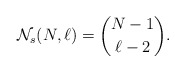
\begin{align*}{\cal{N}}_{s}(N,\ell) ={N-1 \choose \ell -2}.\end{align*}